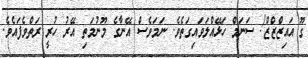
ގޫ އައިޒްޒްޒް! ސަނަމް ހަޅޭއްލަވައިގަތެވެ. ނަމަވެސް އޭނާގެ މޫނުމަތި އޭރު ހުރީ ރަތްވެފައެވެ.